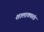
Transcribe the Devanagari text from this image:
शालाक्यतंत्र